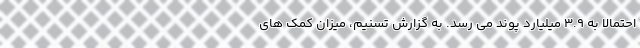
احتمالاً به ۳.۹ میلیارد پوند می رسد. به گزارش تسنیم، میزان کمک های